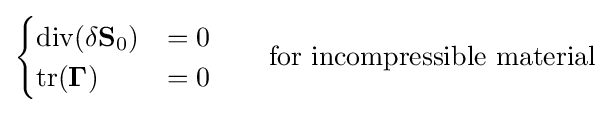
{\begin{aligned}{\begin{cases}{\rm {div}}(\delta {\bf {S}}_{0})&=0\\{\rm {tr}}(\mathbf {\Gamma } )&=0\end{cases}}\qquad {\hbox{for incompressible material}}\end{aligned}}